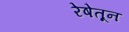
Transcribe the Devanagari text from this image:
रेषेतून